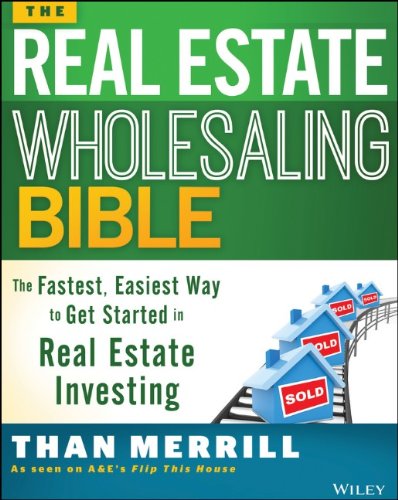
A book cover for The Real Estate Wholesaling Bible: The Fastest, Easiest Way to Get Started in Real Estate Investing; Than Merrill; Business & Money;